Annual report on the Civil Veterinary Department, Burma (including the Insein Veterinary School) - 1932-1941
Year: 1932
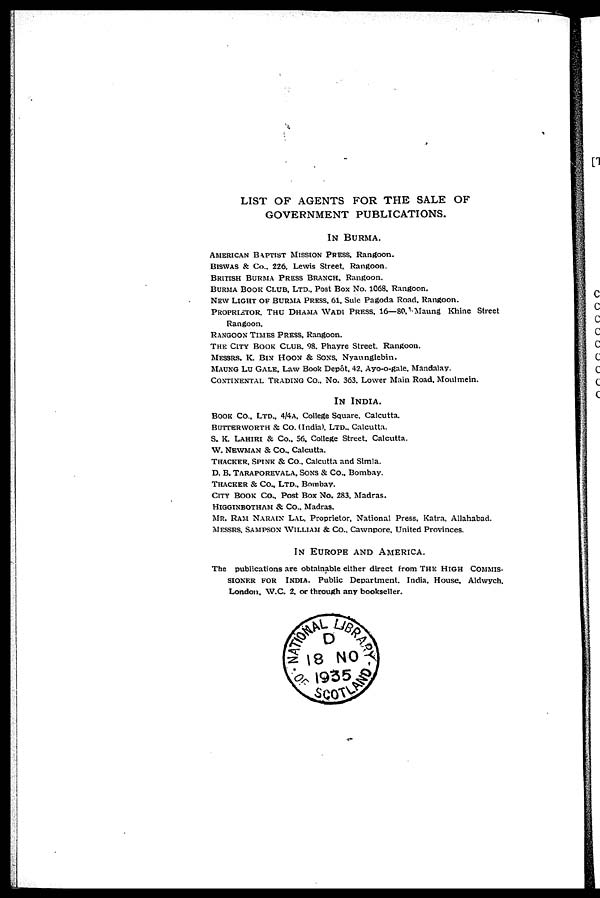
LIST OF AGENTS FOR THE SALE OF
GOVERNMENT PUBLICATIONS.
IN BURMA.
AMERICAN BAPTIST MISSION PRESS, Rangoon.
BISWAS & Co., 226, Lewis Street, Rangoon.
BRITISH BURMA PRESS BRANCH, Rangoon.
BURMA BOOK CLUB, LTD., Post Box No. 1068, Rangoon.
NEW LIGHT OF BURMA PRESS, 61, Sule Pagoda Road, Rangoon.
PROPRIETOR, THU DHAMA WADI PRESS, 16—80, Maung Khine Street
Rangoon,
RANGOON TIMES PRESS, Rangoon.
THE CITY BOOK CLUB, 98, Phayre Street, Rangoon.
MESSRS, K. BIN HOON & SONS, Nyaunglebin.
MAUNG LU GALE, Law Book Depôt, 42, Ayo-o-gale, Mandalay.
CONTINENTAL TRADING CO., NO. 363, Lower Main Road, Moulmein.
IN INDIA.
BOOK CO., LTD., 4/4a, College Square, Calcutta.
BUTTERWORTH & CO. (India), LTD., Calcutta.
S. K. LAHIRI & CO., 56, College Street, Calcutta.
W. NEWMAN & CO., Calcutta.
THACKER, SPINK & CO., Calcutta and Simla.
D. B. TARAPOREWALA, SONS & CO., Bombay.
THACKER & CO., LTD., Bombay.
CITY BOOK CO., Post Box No. 283, Madras.
HIGGINBOTHAM & CO., Madras.
MR. RAM NARAIN LAL, Proprietor, National Press, Katra, Allahabad.
MESSRS, SAMPSON WILLIAM & CO., Cawnpore, United Provinces.
IN EUROPE AND AMERICA.
The publications are obtainable either direct from THE HIGH COMMIS-
SIONER FOR INDIA, Public Department, India, House, Aldwych,
London, W.C. 2, or through any bookseller.